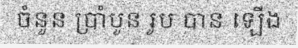
ចំនួន ប្រាំបួន រូប បាន ឡើង